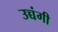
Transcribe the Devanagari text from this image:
उच्चंगी